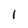
Character: l